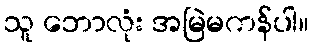
သူ ဘောလုံး အမြဲမကန်ပါ။